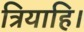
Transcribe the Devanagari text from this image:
त्रियाहि।